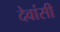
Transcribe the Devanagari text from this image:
देवांसी